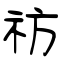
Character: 祊